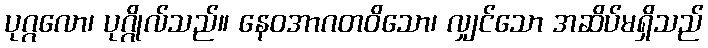
ပုဂ္ဂလော၊ ပုဂ္ဂိုလ်သည်။ နေဝအာဂတဝိသော၊ လျှင်သော အဆိပ်မရှိသည်